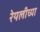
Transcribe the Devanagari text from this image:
रेयलीच्या